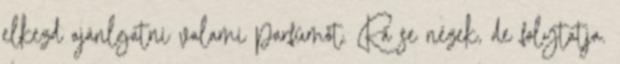
elkezd ajánlgatni valami parfümöt. Rá se nézek, de folytatja.